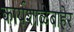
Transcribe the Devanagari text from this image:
कार्यशाळेबाहेर